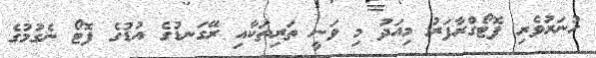
ހުނަރުވެރި ފޮޓޯގްރާފަރު މިއަދު މި ވަނީ ތަރިތަކާއި ރޭގަނޑުގެ އުޑުގެ ފޮޓޯ ނެގުމުގެ